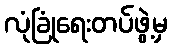
လုံခြုံရေးတပ်ဖွဲ့မှ